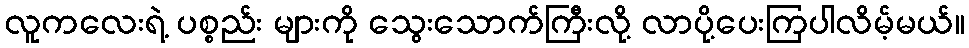
လူကလေးရဲ့ ပစ္စည်း များကို သွေးသောက်ကြီးလို့ လာပို့ပေးကြပါလိမ့်မယ်။